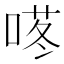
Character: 𱓜